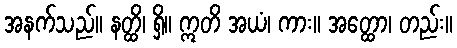
အနက်သည်။ နတ္ထိ၊ ရှိ။ ဣတိ အယံ၊ ကား။ အတ္ထော၊ တည်း။